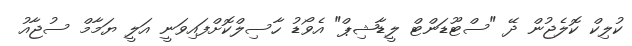
ކުލިކް ކޮލެޖުން ދޭ "ސްޓޫޑަންޓް ލީޑާޝިޕް" އެވޯޑު ހާސިލްކޮށްފައިވަނީ އަލީ ޔަމާމް ސުޖާއު